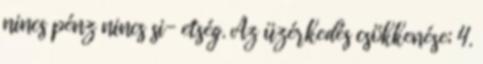
nincs pénz nincs si- etség. Az üzérkedés csökkenése; 4.